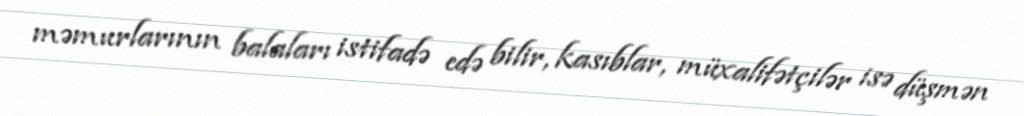
məmurlarının balaları istifadə edə bilir, kasıblar, müxalifətçilər isə düşmən